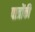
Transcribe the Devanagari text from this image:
पात्रोंकी